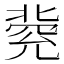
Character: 𠤥